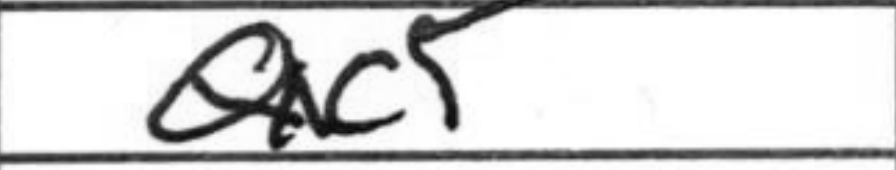
Transcription: Qxc5